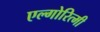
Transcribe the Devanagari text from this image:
एल्गोरित्मी